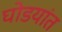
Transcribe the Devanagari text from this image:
घोडयांत